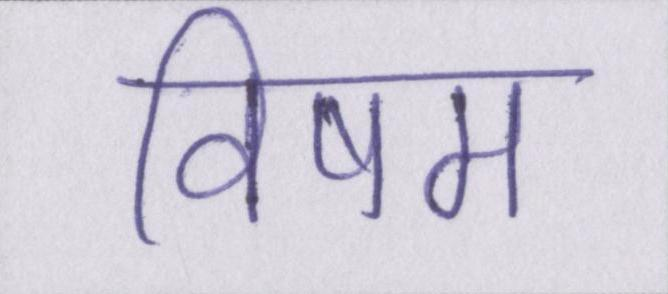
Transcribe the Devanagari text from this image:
विषम